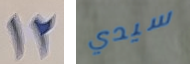
12 سيدي